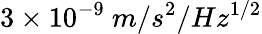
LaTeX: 3\times 10^{-9}\ m/s^{2}/Hz^{1/2}